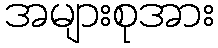
အများစုအား